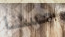
حسنا